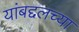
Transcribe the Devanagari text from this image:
यांबद्दलच्या